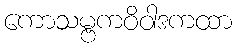
ကောသမ္ဗကဝိဝါဒကထာ